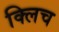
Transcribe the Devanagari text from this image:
क्लिच